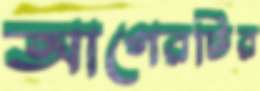
আগেরটির